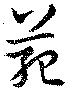
範